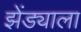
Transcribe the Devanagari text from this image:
झेंड्याला